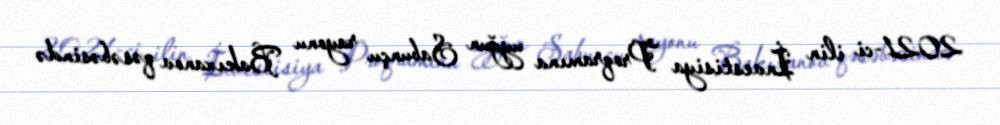
2021-ci ilin İnvestisiya Proqramına uyğun Sabunçu rayonu Bakıxanov qəsəbəsində